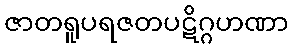
ဇာတရူပရဇတပဋိဂ္ဂဟဏာ